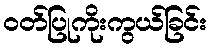
ဝတ်ပြုကိုးကွယ်ခြင်း